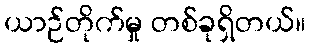
ယာဉ်တိုက်မှု တစ်ခုရှိတယ်။